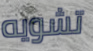
تشويه